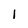
Character: I